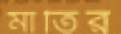
মার্তির